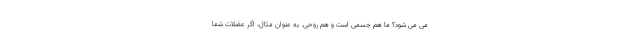
می می شود؟ ما هم جسمی است و هم روحی. به عنوان مثال، اگر عضلات شما